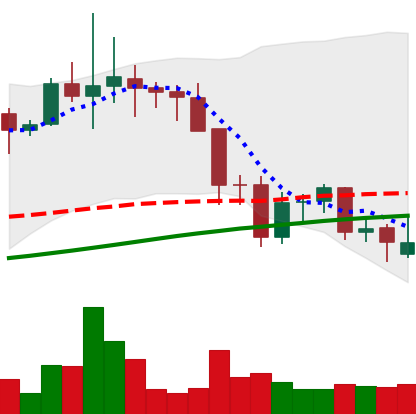
Ticker: LINK-USD
Chart end date: 2021-11-25
Forward return: -3.221%
Label: down_3_5